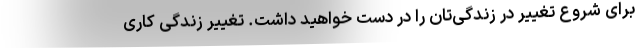
برای شروع تغییر در زندگی‌تان را در دست خواهید داشت. تغییر زندگی کاری